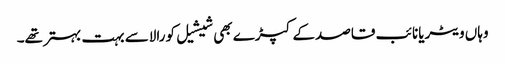
وہاں ویٹریانائب قاصدکے کپڑے بھی شیشیل کورالاسے بہت بہتر تھے۔